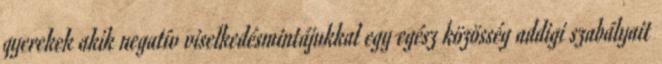
gyerekek akik negatív viselkedésmintájukkal egy egész közösség addigi szabályait